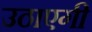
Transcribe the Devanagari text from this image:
उठाएगी